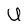
Character: U